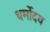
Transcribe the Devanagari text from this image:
धर्मोदय